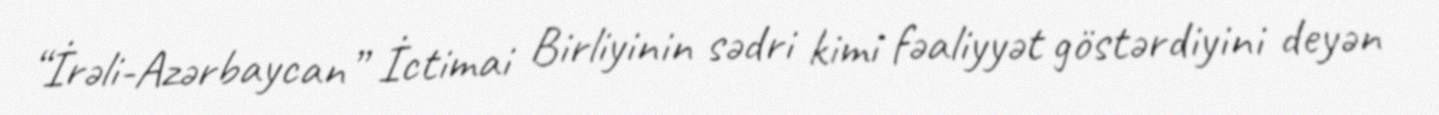
“İrəli-Azərbaycan” İctimai Birliyinin sədri kimi fəaliyyət göstərdiyini deyən